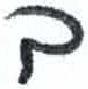
אות: ב